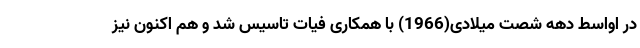
در اواسط دهه شصت میلادی(1966) با همکاری فیات تاسیس شد و هم اکنون نیز